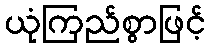
ယုံကြည်စွာဖြင့်